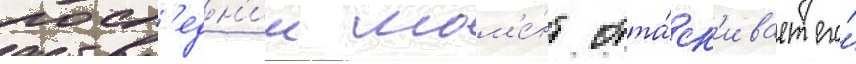
посл'едн'ии мом'е́нт отта́ск'ивает его́